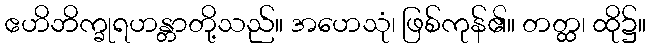
ဧဟိဘိက္ခုရဟန္တာတို့သည်။ အဟေသုံ၊ ဖြစ်ကုန်၏။ တတ္ထ၊ ထို၌။